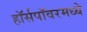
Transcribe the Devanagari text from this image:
हॉर्सपॉवरमध्ये